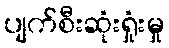
ပျက်စီးဆုံးရှုံးမှု